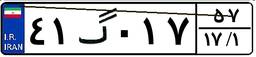
۴۱گ۰۱۷۵۷